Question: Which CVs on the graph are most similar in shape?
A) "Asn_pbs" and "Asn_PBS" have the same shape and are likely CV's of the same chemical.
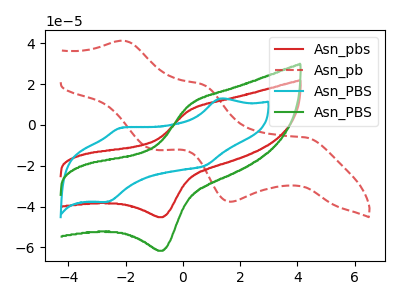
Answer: <think>The red curve "Asn_pbs" has an anodic peak at (0.20V, 7.00uA) and a cathodic peak at (-0.70V, -45.15uA). The red dashed curve "Asn_pb" has anodic peaks at (-2.05V, 41.20uA) (0.70V, 19.80uA) and cathodic peaks at (4.30V, -6.15uA) (1.65V, -37.60uA) (-1.05V, -12.05uA). The cyan curve "Asn_PBS" has anodic peaks at (1.30V, 12.85uA) (-2.15V, -1.40uA) and cathodic peaks at (0.75V, -19.95uA) (-2.65V, -37.65uA). The green curve "Asn_PBS" has an anodic peak at (0.20V, 9.55uA) and a cathodic peak at (-0.70V, -61.60uA).
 "Asn_pbs" and "Asn_pb" have a different number of peaks. "Asn_pbs" and "Asn_PBS" have a different number of peaks. All the peaks in "Asn_pbs" have a peak in "Asn_PBS" at the same potential. Every peak in "Asn_pbs" is lower than every peak in "Asn_PBS". "Asn_pb" and "Asn_PBS" have a different number of peaks. "Asn_pb" and "Asn_PBS" have a different number of peaks. "Asn_PBS" and "Asn_PBS" have a different number of peaks.</think>
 <answer>A) "Asn_pbs" and "Asn_PBS" have the same shape and are likely CV's of the same chemical.</answer>
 <eval>A</eval>